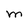
Character: M